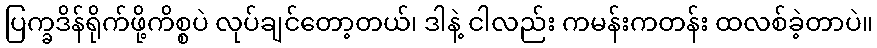
ပြက္ခဒိန်ရိုက်ဖို့ကိစ္စပဲ လုပ်ချင်တော့တယ်၊ ဒါနဲ့ ငါလည်း ကမန်းကတန်း ထလစ်ခဲ့တာပဲ။